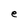
Character: e